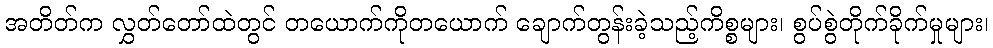
အတိတ်က လွှတ်တော်ထဲတွင် တယောက်ကိုတယောက် ချောက်တွန်းခဲ့သည့်ကိစ္စများ၊ စွပ်စွဲတိုက်ခိုက်မှုများ၊